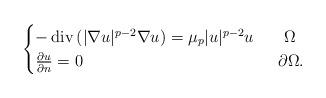
LaTeX: \begin{align*}\begin{cases}-\operatorname{div}\left(|\nabla u|^{p-2}\nabla u\right)=\mu_p|u|^{p-2}u& \,\,\,\,\,\Omega\\\frac{\partial u}{\partial n}=0& \,\,\,\partial\Omega.\end{cases}\end{align*}